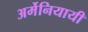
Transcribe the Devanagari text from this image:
अर्मेनियायी